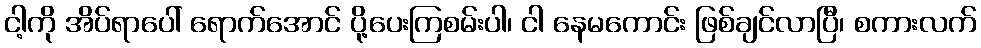
ငါ့ကို အိပ်ရာပေါ် ရောက်အောင် ပို့ပေးကြစမ်းပါ၊ ငါ နေမကောင်း ဖြစ်ချင်လာပြီ၊ စကားလက်